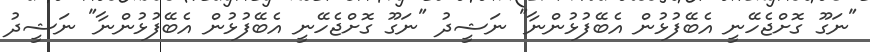
"ނަގޫ ގޮށްޖެހޭނީ އެބޭފުޅުން އެބޭފުޅުންނާ" ނަޝީދު "ނަގޫ ގޮށްޖެހޭނީ އެބޭފުޅުން އެބޭފުޅުންނާ" ނަޝީދު